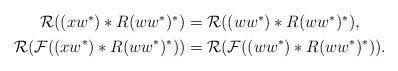
LaTeX: \begin{align*}\begin{aligned}\mathcal{R}((xw^*)*R(ww^*)^*)&=\mathcal{R}((ww^*)*R(ww^*)^*),\\\mathcal{R}(\mathcal{F}((xw^*)*R(ww^*)^*))&=\mathcal{R}(\mathcal{F}((ww^*)*R(ww^*)^*)).\end{aligned}\end{align*}